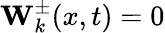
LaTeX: \mathbf{W}_{k}^{\pm}(x,t)=0